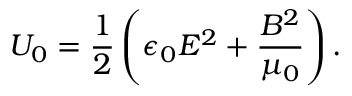
U _ { 0 } = \frac { 1 } { 2 } \left( \epsilon _ { 0 } E ^ { 2 } + \frac { B ^ { 2 } } { \mu _ { 0 } } \right) .